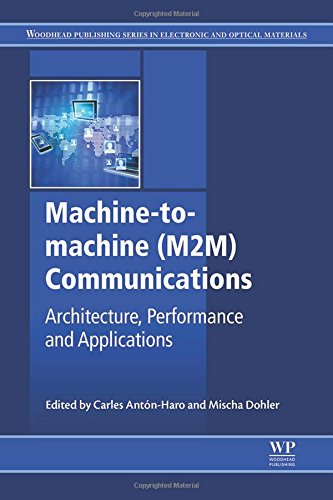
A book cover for Machine-to-machine (M2M) Communications: Architecture, Performance and Applications (Woodhead Publishing Series in Electronic and Optical Materials); Computers & Technology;